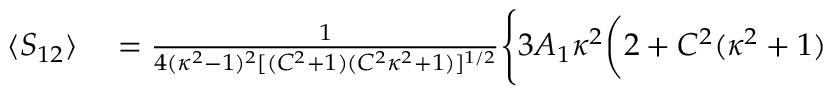
\begin{array} { r l } { \langle S _ { 1 2 } \rangle } & { { } = \frac { 1 } { 4 ( \kappa ^ { 2 } - 1 ) ^ { 2 } [ ( C ^ { 2 } + 1 ) ( C ^ { 2 } \kappa ^ { 2 } + 1 ) ] ^ { 1 / 2 } } \Bigg \{ 3 A _ { 1 } \kappa ^ { 2 } \bigg ( 2 + C ^ { 2 } ( \kappa ^ { 2 } + 1 ) } \end{array}